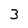
Character: 3